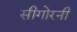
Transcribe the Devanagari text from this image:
सीगोरनी